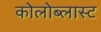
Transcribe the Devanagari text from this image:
कोलोब्लास्ट